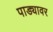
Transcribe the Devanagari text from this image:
पाड्यावर